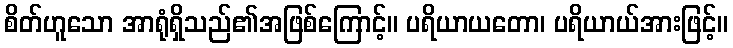
စိတ်ဟူသော အာရုံရှိသည်၏အဖြစ်ကြောင့်။ ပရိယာယတော၊ ပရိယာယ်အားဖြင့်။